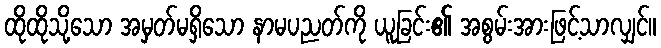
ထိုထိုသို့သော အမှတ်မရှိသော နာမပညတ်ကို ယူခြင်း၏ အစွမ်းအားဖြင့်သာလျှင်။